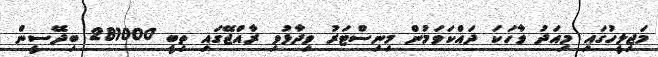
މަޖިލީހުގައި މިއަދު ވާހަކަ ދައްކަވަމުން މިނިސްޓަރު ވިދާޅުވި ރާއްޖޭގައި ތިބީ 281000 ބިދޭސީން